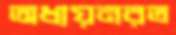
অধ্যয়নরত